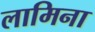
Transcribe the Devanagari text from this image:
लामिना